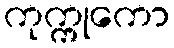
ကုက္ကုကော